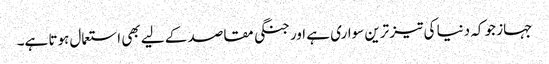
جہاز جو کہ دنیا کی تیز ترین سواری ہے اور جنگی مقاصد کے لیے بھی استعمال ہوتا ہے۔